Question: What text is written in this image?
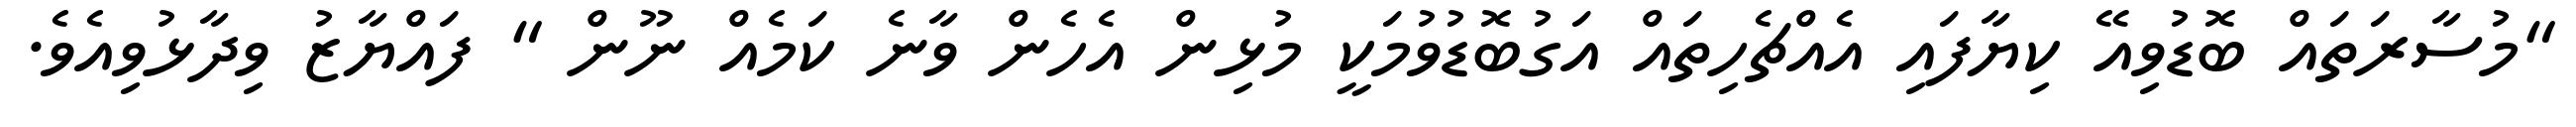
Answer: "މުސާރަތައް ބޮޑުވިއޭ ކިޔާފައި އެއްޗެހިތައް އަގުބޮޑުވުމަކީ މުޅިން އެހެން ވާނެ ކަމެއް ނޫން " ފައްޔާޒު ވިދާޅުވިއެވެ.